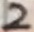
Text: 2